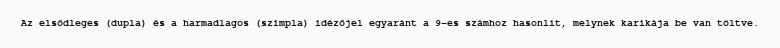
Az elsődleges (dupla) és a harmadlagos (szimpla) idézőjel egyaránt a 9-es számhoz hasonlít, melynek karikája be van töltve.